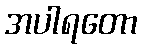
အပါရတော